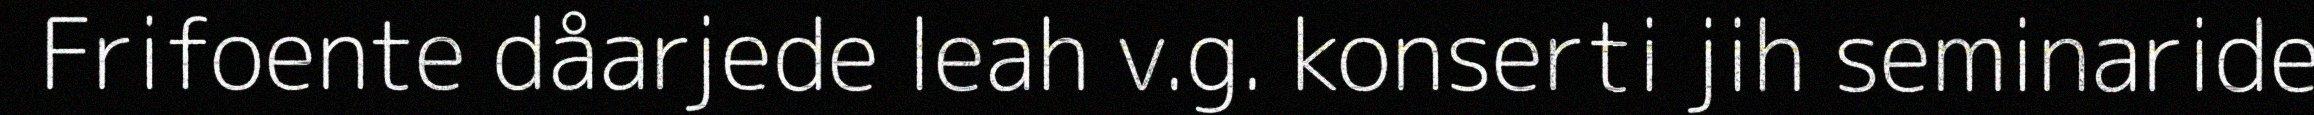
Frifoente dåarjede leah v.g. konserti jih seminaride